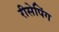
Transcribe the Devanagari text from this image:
रीसेपिंग